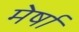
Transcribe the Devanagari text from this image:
मेर्षा